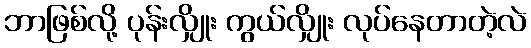
ဘာဖြစ်လို့ ပုန်းလျှိုး ကွယ်လျှိုး လုပ်နေတာတဲ့လဲ